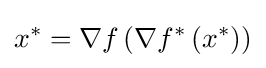
x^{*}=\nabla f\left(\nabla f^{*}\left(x^{*}\right)\right)